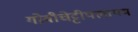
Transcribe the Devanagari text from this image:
गोबीचेट्टीपलायम